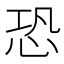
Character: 恐